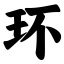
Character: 环